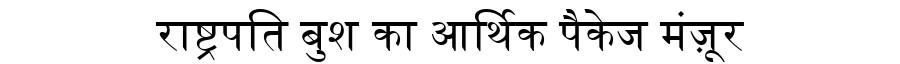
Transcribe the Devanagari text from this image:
राष्ट्रपति बुश का आर्थिक पैकेज मंज़ूर